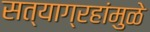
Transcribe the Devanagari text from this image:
सत्याग्रहांमुळे